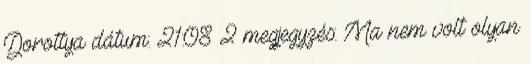
Dorottya dátum: 21:08 2 megjegyzés: Ma nem volt olyan